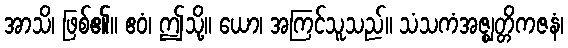
အာသိ၊ ဖြစ်၏။ ဧဝံ၊ ဤသို့။ ယော၊ အကြင်သူသည်။ သံသကံအဇ္ဈတ္တိကဇနံ၊